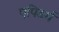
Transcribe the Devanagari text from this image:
एपिडर्म